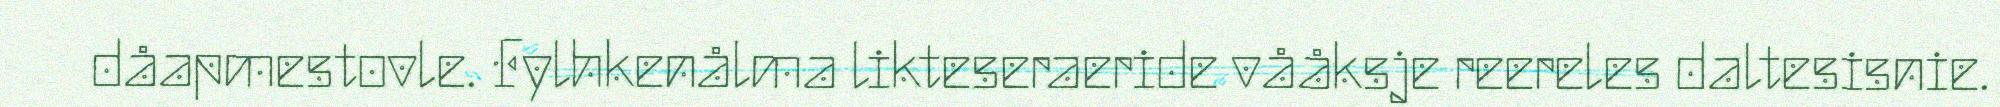
dåapmestovle. Fylhkenålma likteseraeride vååksje reereles daltesisnie.